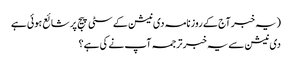
(یہ خبر آج کے روزنامہ دی نیشن کے سٹی پیج پر شائع ہوئی ہے
دی نیشن سے یہ خبر ترجمہ آپ نے کی ہے؟